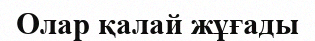
Олар қалай жұғады